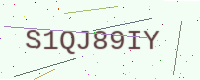
Text: S1QJ89IY